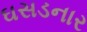
ઘસડનાર